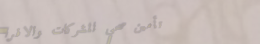
تأمين صحي للشركات والافرا